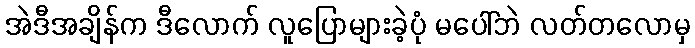
အဲဒီအချိန်က ဒီလောက် လူပြောများခဲ့ပုံ မပေါ်ဘဲ လတ်တလောမှ